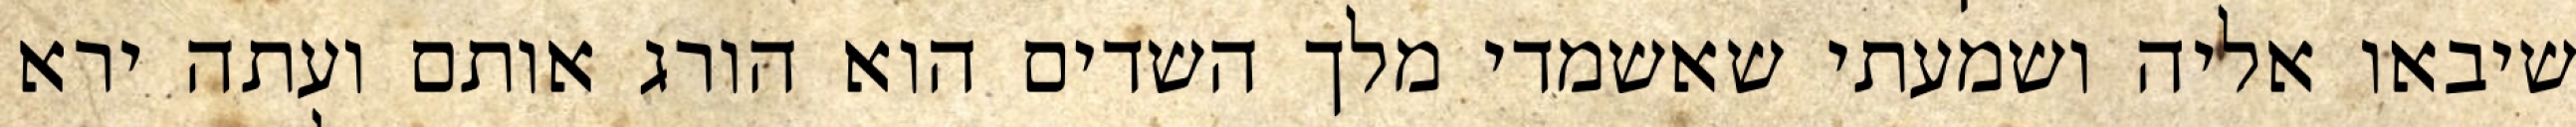
שיבאו אליה ושמעתי שאשמדי מלך השדים הוא הורג אותם ועתה ירא